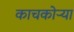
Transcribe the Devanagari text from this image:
काचकोऱ्या